Civil Veterinary Department Bengal reports 1923-33 - 1923-1933
Year: 1923
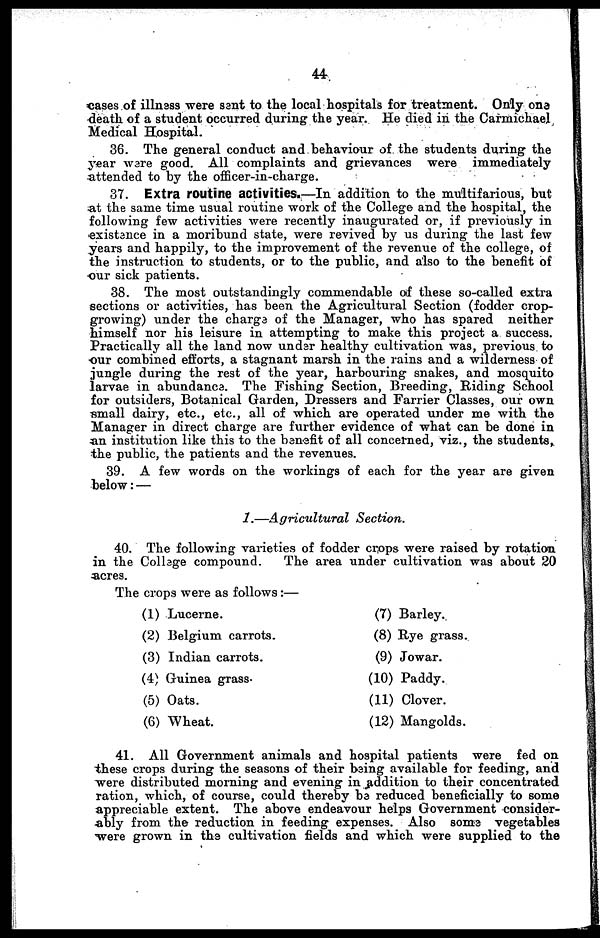
44
cases of illness were sent to the local hospitals for treatment. Only one
death of a student occurred during the year. He died in the Carmichael
Medical Hospital.
36. The general conduct and behaviour of the students during the
year ware good. All complaints and grievances were immediately
attended to by the offieer-in-charge.
37. Extra routine activities.—In addition to the multifarious, but
at the same time usual routine work of the College and the hospital, the
following few activities were recently inaugurated or, if previously in
existence in a moribund state, were revived by us during the last few
years and happily, to the improvement of the revenue of the college, of
the instruction to students, or to the public, and also to the benefit of
our sick patients.
38. The most outstandingly commendable of these so-called extra
sections or activities, has been the Agricultural Section (fodder crop-
growing) under the charge of the Manager, who has spared neither
himself nor his leisure in attempting to make this project a success.
Practically all the land now under healthy cultivation was, previous to
our combined efforts, a stagnant marsh in the rains and a wilderness of
jungle during the rest of the year, harbouring snakes, and mosquito
larvae in abundance. The Fishing Section, Breeding, Riding School
for outsiders, Botanical Garden, Dressers and Farrier Classes, our own
small dairy, etc., etc., all of which are operated under me with the
Manager in direct charge are further evidence of what can be done in
an institution like this to the benefit of all concerned, viz., the students,
the public, the patients and the revenues.
39. A few words on the workings of each for the year are given
below: —
1.—Agricultural
Section.
40. The following varieties of fodder crops were raised by rotation
in the College compound.
The area under cultivation was about 20
acres.
The crops were as follows :—
(1) Lucerne.
(2) Belgium carrots.
(3) Indian carrots.
(4) Guinea grass.
(5) Oats.
(6) Wheat.
(7) Barley.
(8) Rye grass.
(9) Jowar.
(10) Paddy.
(11) Clover.
(12) Mangolds.
41. All Government animals and hospital patients were fed on
these crops during the seasons of their being available for feeding, and
were distributed morning and evening in addition to their concentrated
ration, which, of course, could thereby be reduced beneficially to some
appreciable extent. The above endeavour helps Government consider-
ably from the reduction in feeding expenses. Also some vegetables
were grown in the cultivation fields and which were supplied to the